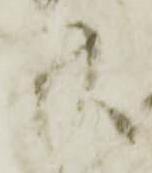
廿